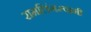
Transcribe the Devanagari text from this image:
रामलिंगस्वामी